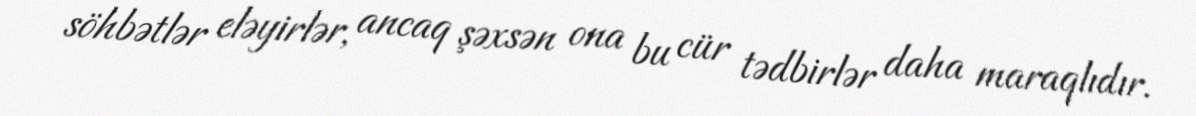
söhbətlər eləyirlər, ancaq şəxsən ona bu cür tədbirlər daha maraqlıdır.